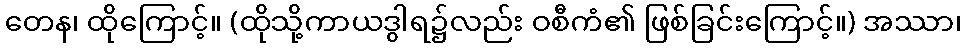
တေန၊ ထိုကြောင့်။ (ထိုသို့ကာယဒွါရ၌လည်း ဝစီကံ၏ ဖြစ်ခြင်းကြောင့်။) အဿာ၊